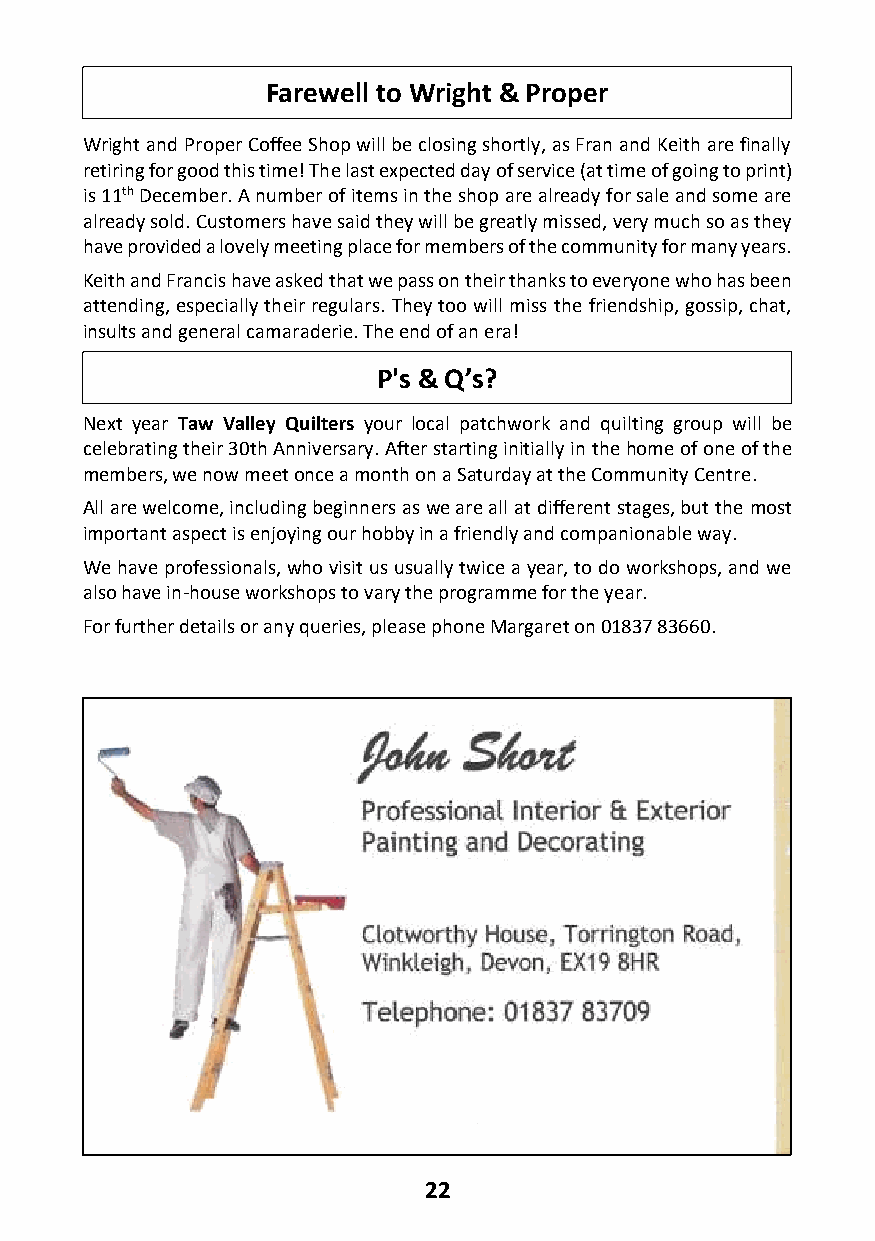
Farewell to Wright & Proper
 Wright and Proper Coffee Shop will be closing shortly, as Fran and Keith are finally
 retiring for good this time! The last expected day of service (at time of going to print)
 is 11th December. A number of items in the shop are already for sale and some are
 already sold. Customers have said they will be greatly missed, very much so as they
 have provided a lovely meeting place for members of the community for many years.
 Keith and Francis have asked that we pass on their thanks to everyone who has been
 attending, especially their regulars. They too will miss the friendship, gossip, chat,
 insults and general camaraderie. The end of an era!
 P's & Q’s?
 Next year Taw Valley Quilters your local patchwork and quilting group will be
 celebrating their 30th Anniversary. After starting initially in the home of one of the
 members, we now meet once a month on a Saturday at the Community Centre.
 All are welcome, including beginners as we are all at different stages, but the most
 important aspect is enjoying our hobby in a friendly and companionable way.
 We have professionals, who visit us usually twice a year, to do workshops, and we
 also have in-house workshops to vary the programme for the year.
 For further details or any queries, please phone Margaret on 01837 83660.
 22